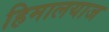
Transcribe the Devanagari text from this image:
हिमालयाज